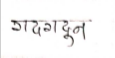
मजकूर: गदगदून